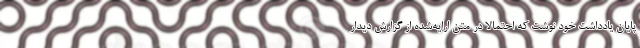
پایان یادداشت خود نوشت که احتمالا در متن ارایه‌شده از گزارش دیدار